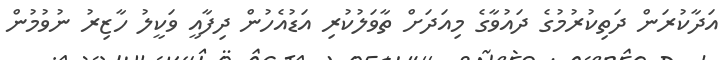
އަދާކުރަން ދަތިކުރުމުގެ ދައުވާގެ މިއަދަށް ތާވަލުކުރި އަޑުއެހުން ދިފާއީ ވަކީލު ހާޒިރު ނުވުމުން